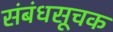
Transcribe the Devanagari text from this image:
संबंधसूचक